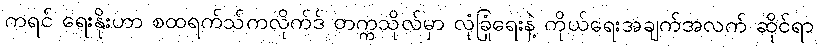
ကရင် ရေးနိုးဟာ စထရက်သ်ကလိုက်ဒ် တက္ကသိုလ်မှာ လုံခြုံရေးနဲ့ ကိုယ်ရေးအချက်အလက် ဆိုင်ရာ